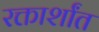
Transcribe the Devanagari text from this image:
रक्तार्शांत